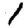
Digit: 1